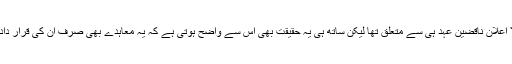
اس سے یہ بات واضح ہو گئی کہ مذکورہ بالا اعلان ناقضین عہد ہی سے متعلق تھا لیکن ساتھ ہی یہ حقیقت بھی اس سے واضح ہوتی ہے کہ یہ معاہدے بھی صرف ان کی قرار دادہ مدت ہی تک باقی رکھنے کی اجازت ہوئی۔